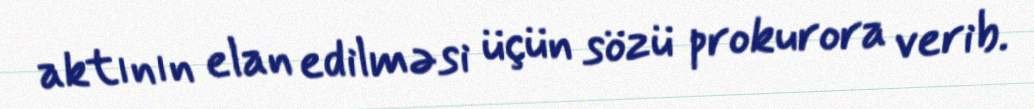
aktının elan edilməsi üçün sözü prokurora verib.